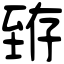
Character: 臶